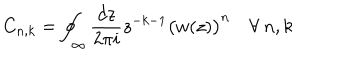
C _ { n , k } = \oint _ { \infty } \frac { d z } { 2 \pi i } z ^ { - k - 1 } \left( \strut w ( z ) \right) ^ { n } \quad \forall \: n , k